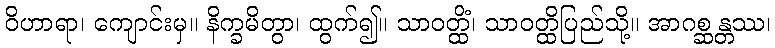
ဝိဟာရာ၊ ကျောင်းမှ။ နိက္ခမိတွာ၊ ထွက်၍။ သာဝတ္ထိံ၊ သာဝတ္ထိပြည်သို့။ အာဂစ္ဆန္တဿ၊